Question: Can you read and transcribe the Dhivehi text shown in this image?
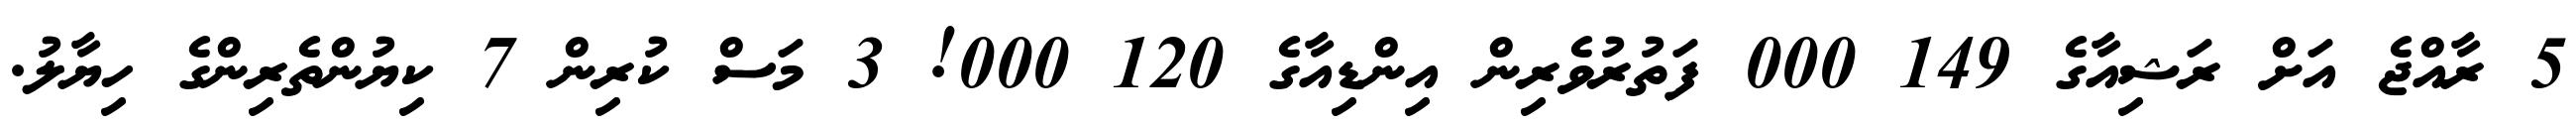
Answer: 5 ރާއްޖެ އަށް ރަޝިއާގެ 149 000 ފަތުރުވެރިން އިންޑިއާގެ 120 000! 3 މަސް ކުރިން 7 ކިޔުންތެރިންގެ ހިޔާލު.